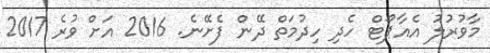
މާވުރުލު އެއާޕޯޓް ހެދި ހިދުމަތް ދޭން ފެށޭނެ. 2016 އަށް ވުރެ 2017